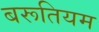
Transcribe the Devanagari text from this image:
बरूतियम